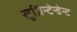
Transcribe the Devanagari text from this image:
सुप्रिन्टेन्डेन्ट